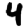
Digit: 4